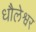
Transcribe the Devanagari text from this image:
धौलेश्वर